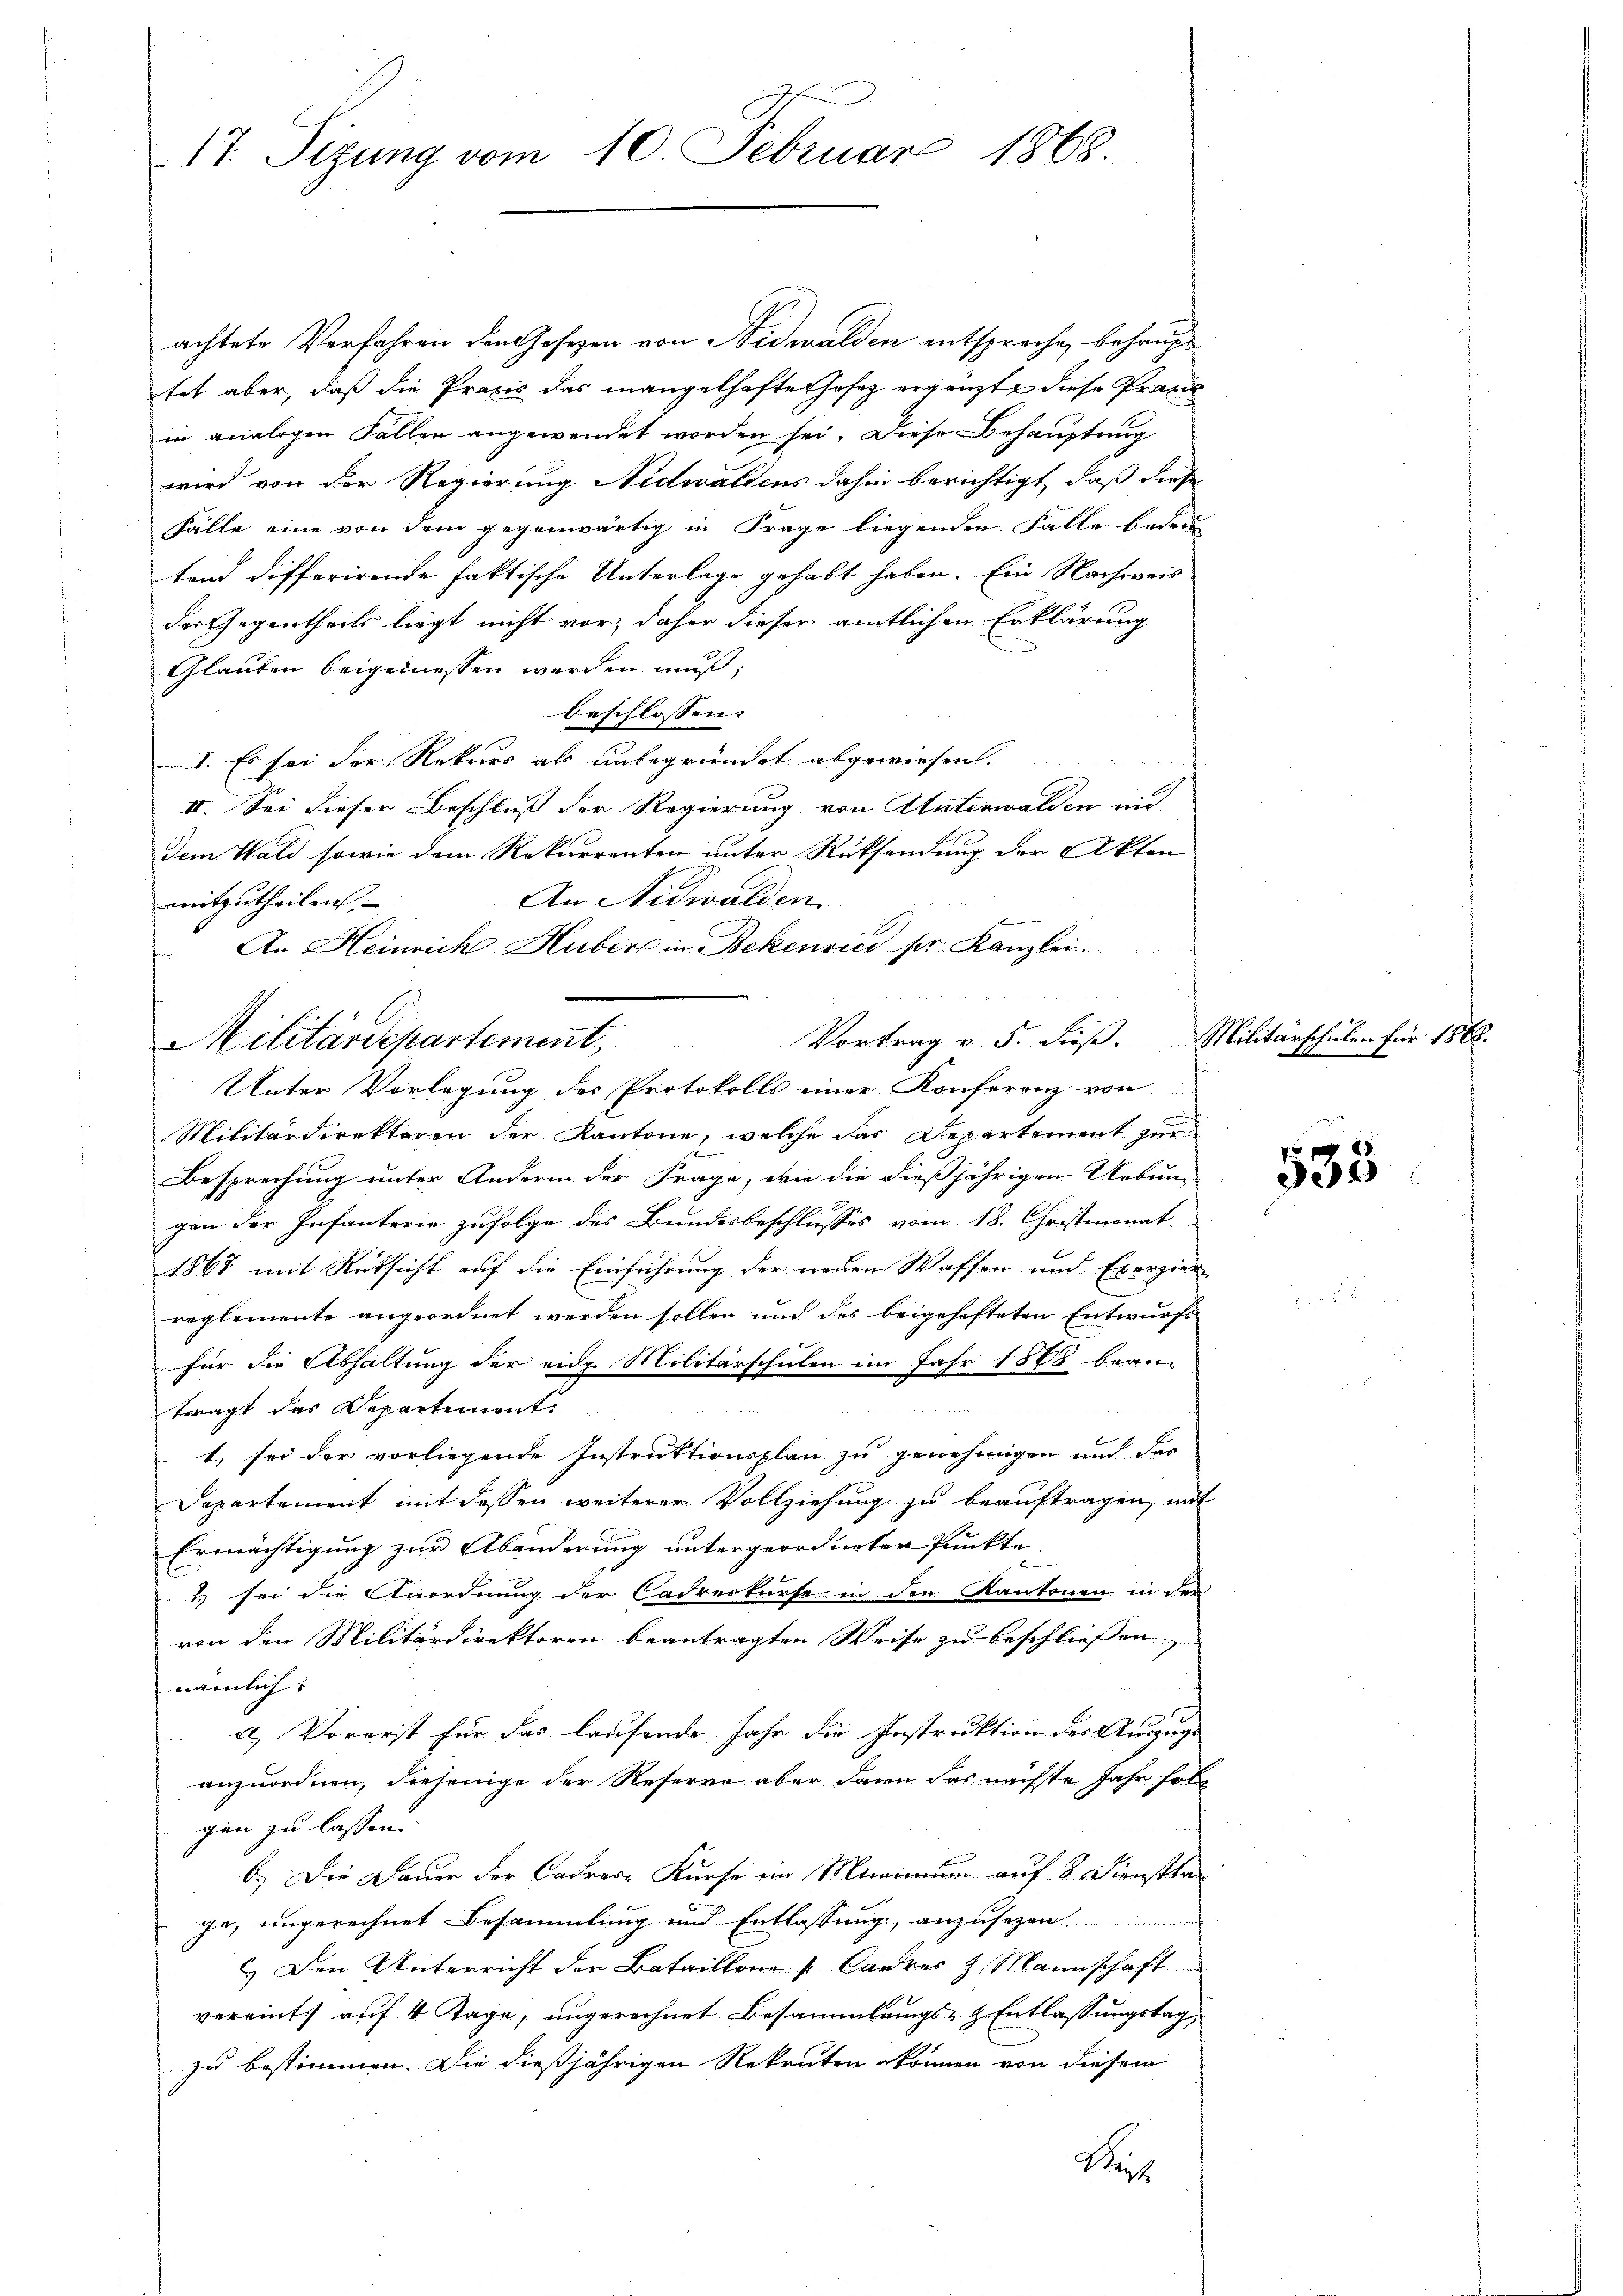
17. Sizung vom 10. Februar 1868

achtete Verfahren den Gesezen von Nidwalden entsprechen behaupt
tet aber, daß die Praxis das mangelhafte Gesetz ergänzte diese Praxis
in analogen Fällen angewendet worden sei. Diese Behauptung
wird von der Regierung Nidwaldens dahin berichtigt, daß diese
Fälle eine von dem gegenwärtig in Frage liegenden Falle bedeu
tend differirende faktische Unterlage gehabt haben. Ein Nachweis
der Gegentheils liegt nicht vor, daher dieser amtlichen Erklärung
Glauben beigemessen werden muß;
beschlossen:
I. Es sei der Rekurs als unbegründet abgewiesen.
II. Sei dieser Beschluß der Regierung von Unterwalden und
dem Wald sowie dem Rekurrenten unter Rücksendung der Akten
An Nidwalden
mitzutheilen.
An Heinrich Hubers in Bekenrice ser Kanzlei.
Vortrag v. 5. dieß.
Militärdirektoren der Kantone, welche das Departement zur
Besprechung unter Andern der Frage, wie die dießjährigen Uebun-
gon der Infanterie zufolge des Bundesbeschlusses vom 18. Christmonat
1868 mit Rüksicht auf die Einführung der neuen Waffen und Exerzier
reglemente angeordnet werden sollen und des beigehofteten Entwurfs
für die Abhaltung der eidg. Militärschulen im Jahr 1868 bean-
trragt das Departement.
E
1.) sei der vorliegende Instruktionsplan zu genehmigen und das
Departement mit dessen weiterer Vollziehung zu beauftragen, mit
Ermächtigung zur Abänderung untergeordneter Punkte.
2) sei die Anordnung der Cadreskurse in den Kantonen in der
von den Militärdirektoren beantragten Weise zu beschliessen
nämlich
a.) Vorerst für das laufende Jahr die Instruktion der Auszugs
anzuordnen, diejenige der Reserre aber dann das nächste Jahr folg
gen zu lassen.
b.) Die Dauer der Cadrese Kurse im Minimum auf 8. Diensttag
je, ungerechnet Besammlung und Entlassung, anzusetzen
C.) Den Unterricht der Bataillen [Caurer & Mannschaft
vereint auf 4 Tage, ungerechnet Besammlungs- & Entlassungstag,
zu bestimmen. Die dießjährigen Rekruten können von diesem
Reich

Militärdepartement,

Unter Vorlegung des Protokolls einer Konferenz von

Militarschulen für 1868.

533